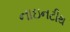
નાઇનટીથ